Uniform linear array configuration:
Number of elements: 4
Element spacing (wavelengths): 1
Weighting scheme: uniform
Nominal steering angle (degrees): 45
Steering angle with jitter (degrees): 44.181
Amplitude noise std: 0.05
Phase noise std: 0.05

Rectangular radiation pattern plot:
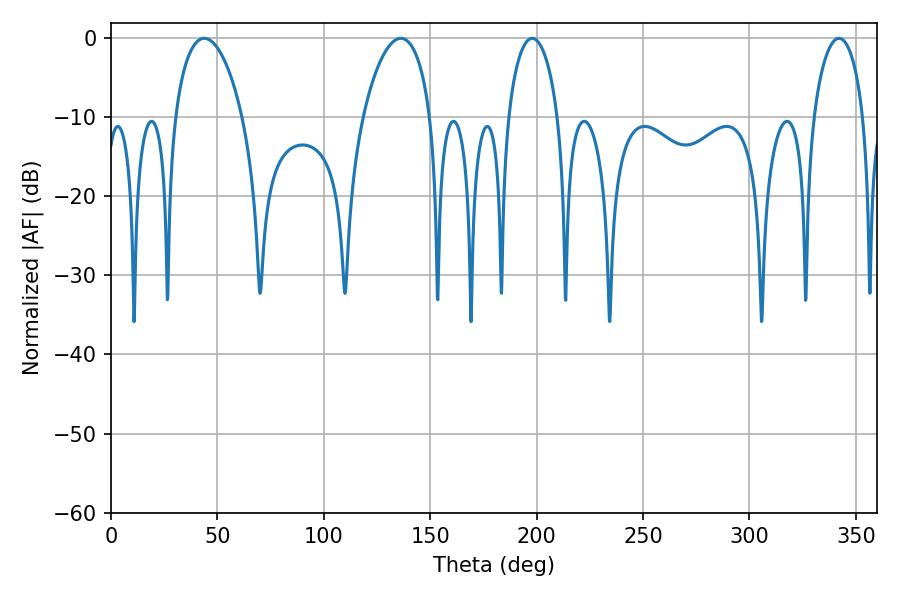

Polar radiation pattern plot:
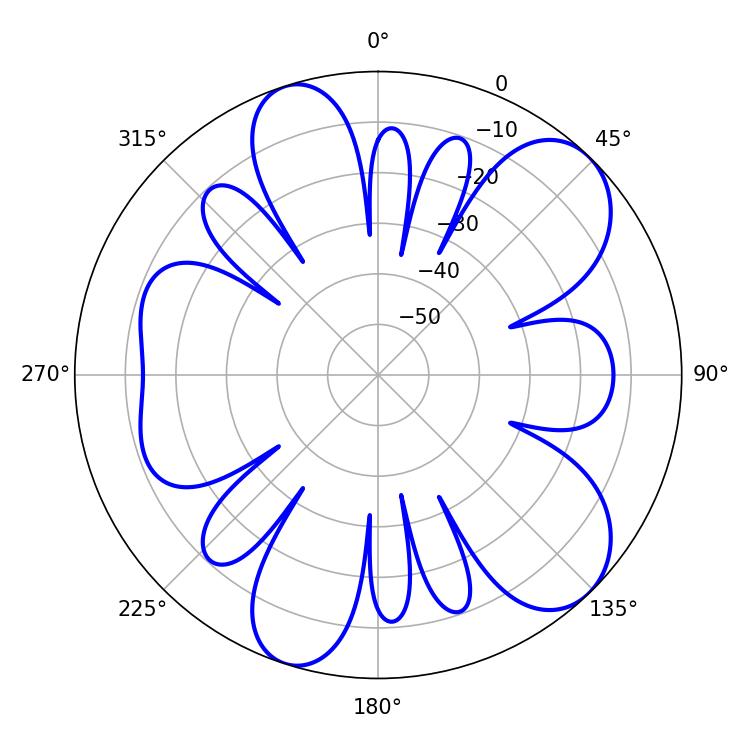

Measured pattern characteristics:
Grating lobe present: TRUE
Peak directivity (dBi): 8.951
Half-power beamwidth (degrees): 18.18
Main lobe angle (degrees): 43.74